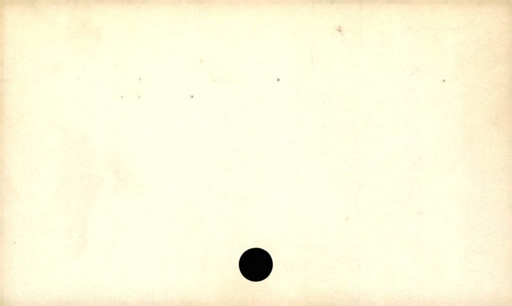
Label: blank